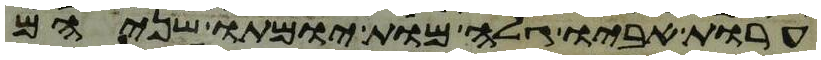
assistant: ערות אביו גלה מות יומתו שניהם